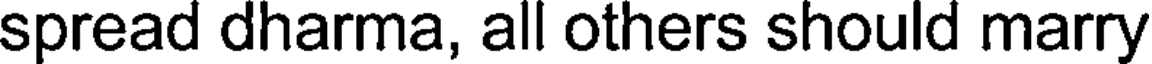
spread dharma, all others should marry